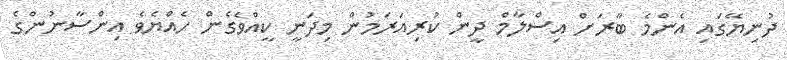
ދުނިޔޭގައި އެންމެ ބާރަށް އިސްލާމް ދީން ކުރިއަރަމުން މިދަނީ ކީއްވެގެން ހެއްޔެވެ އިންސާނުންގެ